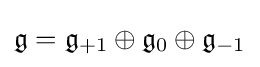
{\mathfrak {g}}={\mathfrak {g}}_{+1}\oplus {\mathfrak {g}}_{0}\oplus {\mathfrak {g}}_{-1}